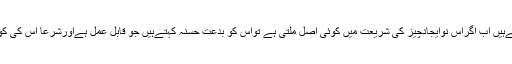
بدعت کالفظی معنیٰ گمراہی نہیں ہے بلکہ ہرنئی چیزکوبدعت کہتےہیں اب اگراس نوایجادچیز کی شریعت میں کوئی اصل ملتی ہے تواس کو بدعت حسنہ کہتےہیں جو قابل عمل ہےاورشرعاً اس کی کوئی اصل نہیں تواس کو بدعت سئیہ کتہے ہیں جوواجب الترک ہے۔